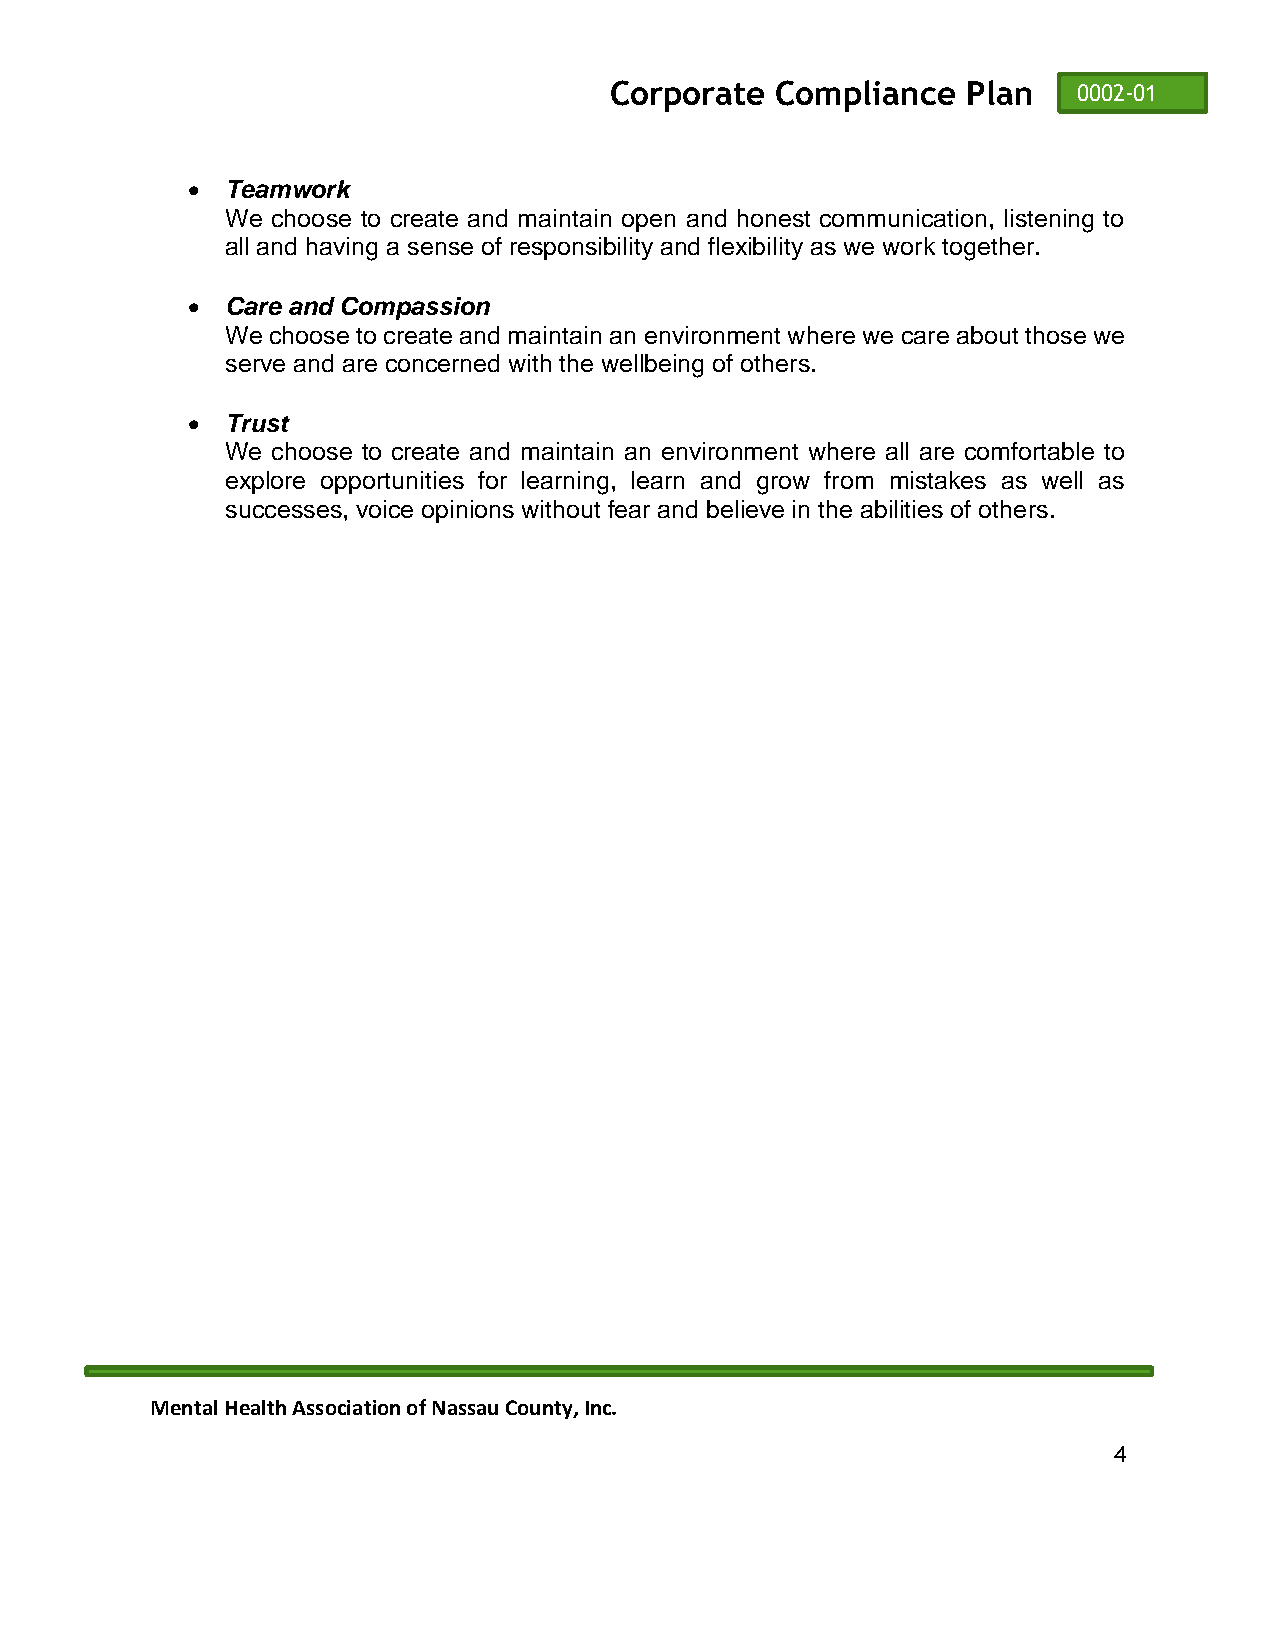
Corporate  Compliance   Plan   0002-01
 •  Teamwork
 We choose to create and maintain open and honest communication, listening to
 all and having a sense of responsibility and flexibility as we work together.
 •  Care and Compassion
 We choose to create and maintain an environment where we care about those we
 serve and are concerned with the wellbeing of others.
 •  Trust
 We choose to create and maintain an environment where all are comfortable to
 explore opportunities for learning, learn and grow from mistakes as well as
 successes, voice opinions without fear and believe in the abilities of others.
 Mental Health Association of Nassau County, Inc.
 4